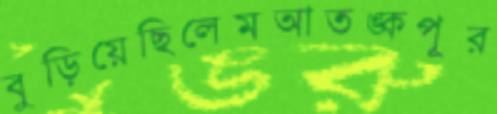
বুড়িয়েছিলেমআতঙ্কপূর